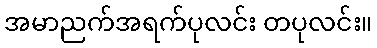
အမာညက်အရက်ပုလင်း တပုလင်း။